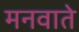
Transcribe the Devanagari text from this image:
मनवाते